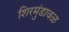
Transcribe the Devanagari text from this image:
शिरमुंडावळ